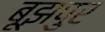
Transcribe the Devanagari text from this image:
बूझपुर